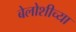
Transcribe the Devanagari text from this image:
बेलोशीच्या